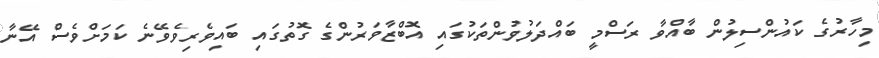
މިހާރުގެ ކައުންސިލުން ބާއްވާ ރަސްމީ ބައްދަލުވުންތަކުގައި އޮބްޒާވަރުންގެ ގޮތުގައި ބައިވެރިވެވޭނެ ކަމަށްވެސް އޭނާ